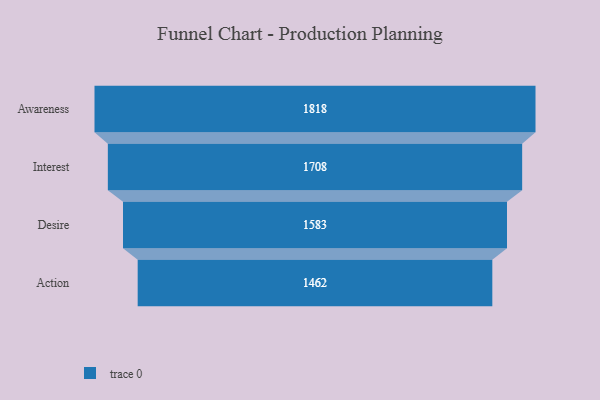
{"axis": {"x": "Stage", "y": "Value"}, "legend": [""], "data": [{"x": "Awareness", "y": 1818.0, "type": ""}, {"x": "Interest", "y": 1708.0, "type": ""}, {"x": "Desire", "y": 1583.0, "type": ""}, {"x": "Action", "y": 1462.0, "type": ""}]}